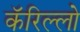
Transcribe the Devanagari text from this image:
कॅरिल्लो